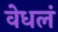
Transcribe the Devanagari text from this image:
वेधलं